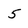
Character: 5